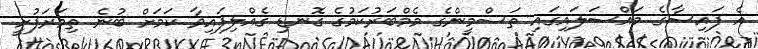
އެ ފައިސާގެ މައްސަލައިގައި ތަސްމީންގެ މެމްބަރުކަމުގެ ގޮނޑި ގެއްލިފައިވާ ކަމަށް ބުނެ ތިމަރަފުށީ